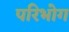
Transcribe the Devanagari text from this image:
परिभोग